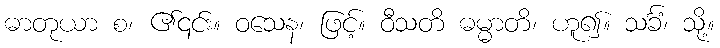
ဓာတုယာ စ၊ ၏၎င်း။ ဝသေန၊ ဖြင့်။ ဝီသတိ ဓမ္မာတိ၊ ဟူ၍။ သင်္ခံ၊ သို့။